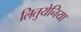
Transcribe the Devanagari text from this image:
लितुयेनिया